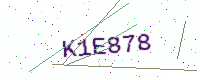
Text: K1E878